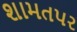
શામતપર